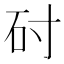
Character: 𬑺